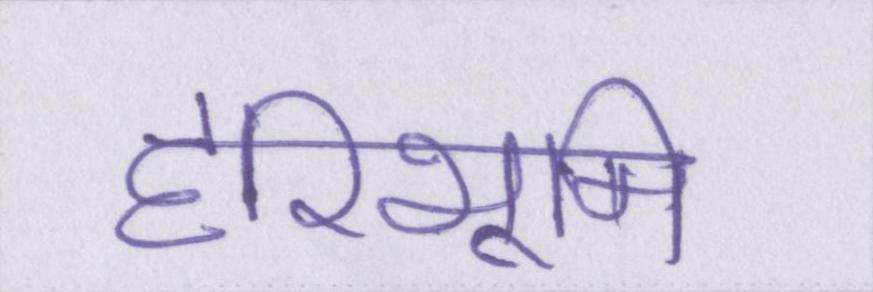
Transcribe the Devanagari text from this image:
हरिभूमि